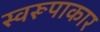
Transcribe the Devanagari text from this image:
स्वरूपाकार